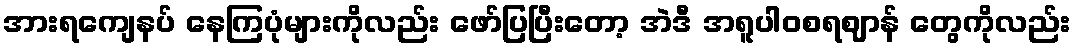
အားရကျေနပ် နေကြပုံများကိုလည်း ဖော်ပြပြီးတော့ အဲဒီ အရူပါဝစရဈာန် တွေကိုလည်း